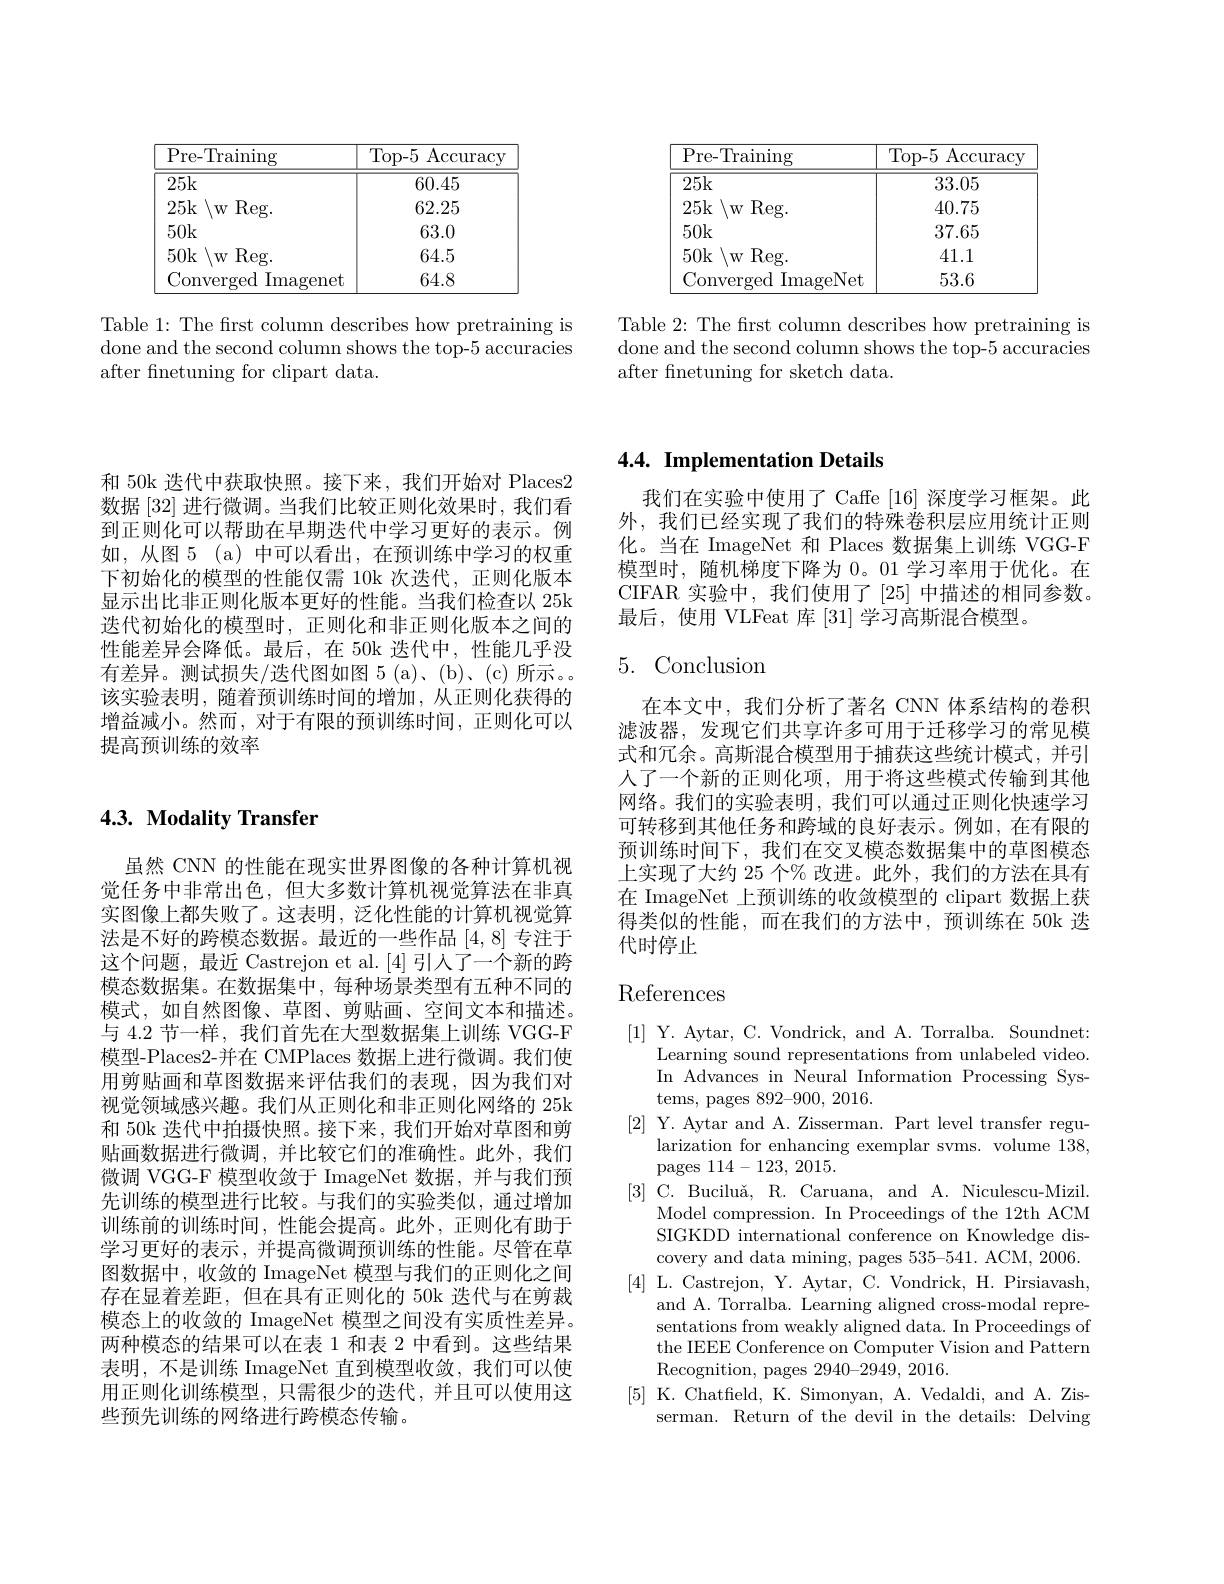
<table>
	<tbody>
		<tr>
			<th>Pre- Training</th>
			<th>Top- 5 $\operatorname{Accuracy}$ </th>
		</tr>
		<tr>
			<td>25k</td>
			<td>60.45</td>
		</tr>
		<tr>
			<td>25k $\setminus$W $v$ Reg. 1</td>
			<td>62.25</td>
		</tr>
		<tr>
			<td>50k</td>
			<td>63.0</td>
		</tr>
		<tr>
			<td>50k $\setminus$w $vReg.$</td>
			<td>64.5</td>
		</tr>
		<tr>
			<td>Converged ${\mathrm{d}}$ Imagenet</td>
			<td>64.8</td>
		</tr>
	</tbody>
</table>

Table 1: The frst column describes how pretraining is done and the second column shows the top-5 accuracies after fnetuning for clipart data.

<table>
	<tbody>
		<tr>
			<th>Pre- Training</th>
			<th>Top- 5 ${\mathrm{Accuracy}}$ 1</th>
		</tr>
		<tr>
			<td>25k</td>
			<td>33.05</td>
		</tr>
		<tr>
			<td>25k $W$ $\operatorname{Reg}.$</td>
			<td>40.75</td>
		</tr>
		<tr>
			<td>50k</td>
			<td>37.65</td>
		</tr>
		<tr>
			<td>50k $W$ $\operatorname{Reg}.$</td>
			<td>41.1</td>
		</tr>
		<tr>
			<td>Converged I ImageNet</td>
			<td>53.6</td>
		</tr>
	</tbody>
</table>

Table 2: The frst column describes how pretraining is done and the second column shows the top-5 accuracies after finetuning for sketch data.

和 50k 迭代中获取快照。接下来，我们开始对 Places2数据[32]进行微调。当我们比较正则化效果时，我们看到正则化可以帮助在早期迭代中学习更好的表示。例如，从图5 (a)中可以看出，在预训练中学习的权重下初始化的模型的性能仅需 10k 次迭代，正则化版本显示出比非正则化版本更好的性能。当我们检查以 25k 迭代初始化的模型时，正则化和非正则化版本之间的性能差异会降低。最后，在 50k 迭代中，性能几乎没有差异。测试损失/迭代图如图 5 (a)、(b)、(c)所示。。该实验表明，随着预训练时间的增加，从正则化获得的增益减小。然而，对于有限的预训练时间，正则化可以提高预训练的效率

## 4.3. Modality Transfer

虽然 CNN 的性能在现实世界图像的各种计算机视觉任务中非常出色，但大多数计算机视觉算法在非真实图像上都失败了。这表明，泛化性能的计算机视觉算法是不好的跨模态数据。最近的一些作品[4,8]专注于这个问题，最近 Castrejon et al.[4] 引人了一个新的跨模态数据集。在数据集中，每种场景类型有五种不同的模式，如自然图像、草图、剪贴画、空间文本和描述。与 4.2 节一样，我们首先在大型数据集上训练 VGG-F 模型-Places2-并在 CMPlaces 数据上进行微调。我们使用剪贴画和草图数据来评估我们的表现，因为我们对视觉领域感兴趣。我们从正则化和非正则化网络的 25k 和 50k 迭代中拍摄快照。接下来，我们开始对草图和剪贴画数据进行微调，并比较它们的准确性。此外，我们微调 VGG-F 模型收敛于 ImageNet 数据，并与我们预先训练的模型进行比较。与我们的实验类似，通过增加训练前的训练时间，性能会提高。此外，正则化有助于学习更好的表示，并提高微调预训练的性能。尽管在草图数据中，收敛的 ImageNet 模型与我们的正则化之间存在显着差距，但在具有正则化的 50k 迭代与在剪裁模态上的收敛的 ImageNet 模型之间没有实质性差异。两种模态的结果可以在表 1 和表 2 中看到。这些结果表明，不是训练 ImageNet 直到模型收敛，我们可以使用正则化训练模型，只需很少的迭代，并且可以使用这些预先训练的网络进行跨模态传输。

## 4.4. Implementation Details

我们在实验中使用了 Caffe [16] 深度学习框架。此外，我们已经实现了我们的特殊卷积层应用统计正则化。当在 ImageNet 和 Places 数据集上训练 VGG-F 模型时，随机梯度下降为 0。01 学习率用于优化。在CIFAR 实验中，我们使用了[25]中描述的相同参数。最后，使用 VLFeat 库[31]学习高斯混合模型。

## 5.Conclusion

在本文中，我们分析了著名 CNN 体系结构的卷积滤波器，发现它们共享许多可用于迁移学习的常见模式和冗余。高斯混合模型用于捕获这些统计模式，并引人了一个新的正则化项，用于将这些模式传输到其他网络。我们的实验表明，我们可以通过正则化快速学习可转移到其他任务和跨域的良好表示。例如，在有限的预训练时间下，我们在交叉模态数据集中的草图模态上实现了大约 25 个% 改进。此外，我们的方法在具有在 ImageNet 上预训练的收敛模型的 clipart 数据上获得类似的性能，而在我们的方法中，预训练在 50k 迭代时停止

# References

[1] Y. Aytar, C. Vondrick, and A. Torralba. Soundnet:
Learning sound representations from unlabeled video. In Advances in Neural Information Processing Systems, pages 892-900, 2016.
[2] Y. Aytar and A. Zisserman. Part level transfer regu-
larization for enhancing exemplar svms. volume 138,
pages 114-123,2015.
[3] C. Buciluă, R. Caruana, and A. Niculescu-Mizil.
Model compression. In Proceedings of the 12th ACM SIGKDD international conference on Knowledge discovery and data mining, pages 535-541. ACM, 2006.
[4] L. Castrejon, Y. Aytar, C. Vondrick, H. Pirsiavash,
and A. Torralba. Learning aligned cross-modal representations from weakly aligned data. In Proceedings of the IEEE Conference on Computer Vision and Pattern Recognition, pages 2940-2949, 2016.
[5] K. Chatfeld, K. Simonyan, A. Vedaldi, and A. Zis-
serman. Return of the devil in the details: Delving